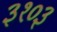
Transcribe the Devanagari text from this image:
३१०३